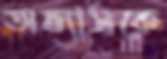
অভ্যাসকে